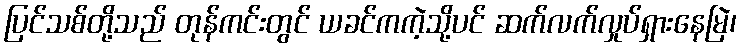
ပြင်သစ်တို့သည် တုန်ကင်းတွင် ယခင်ကကဲ့သို့ပင် ဆက်လက်လှုပ်ရှားနေမြဲ၊